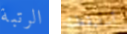
الرتبة أستيقظت